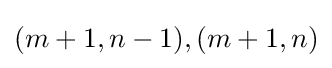
(m+1,n-1),(m+1,n)